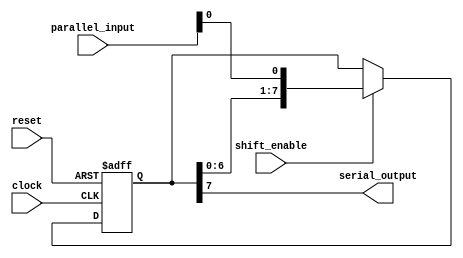
module PISO_shift_register(
    input wire [7:0] parallel_input,
    input wire clock,
    input wire shift_enable,
    input wire reset,
    output reg serial_output
);

reg [7:0] storage_reg;

always @ (posedge clock or posedge reset)
begin
    if (reset)
        storage_reg <= 8'b00000000;
    else if (shift_enable)
        storage_reg <= {storage_reg[6:0], parallel_input[0]};
end

assign serial_output = storage_reg[7];

endmodule